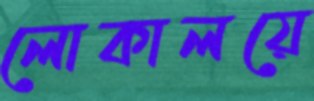
লোকালয়ে